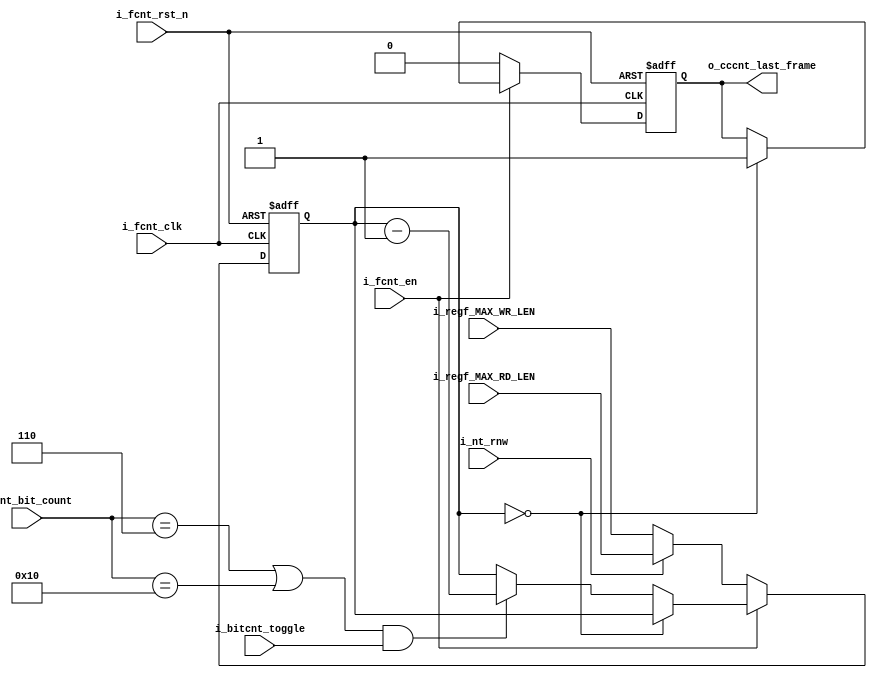
module frame_counter_target(
    input  wire        i_fcnt_clk         ,
    input  wire        i_fcnt_rst_n       ,
    input  wire        i_fcnt_en          ,
    input  wire [15:0] i_regf_MAX_RD_LEN    ,     // HDR
    input  wire [15:0] i_regf_MAX_WR_LEN    ,     // HDR  
    input  wire [5:0]  i_cnt_bit_count    ,     // HDR
    input  wire        i_bitcnt_toggle    , 
    input  wire        i_nt_rnw               ,
    output reg         o_cccnt_last_frame       // HDR
    );
	
reg [15:0] count = 16'd0 ;
//wire       count_done   ;

    always @(posedge i_fcnt_clk or negedge i_fcnt_rst_n) begin 
        if (!i_fcnt_rst_n) begin 
            o_cccnt_last_frame = 1'b0 ;
            count              = 16'd0 ;
        end 
        else begin 
            if(i_fcnt_en) begin 
                if (count == 16'd0) begin 
                    o_cccnt_last_frame = 1'b1 ;
                end 
                else begin 
                    if ((i_cnt_bit_count == 'd6 || i_cnt_bit_count == 'd16) && i_bitcnt_toggle) begin 
                        count = count - 1 ;
                    end 
                end 
            end 
            else begin                                 
                o_cccnt_last_frame = 1'b0 ;             
                count = (i_nt_rnw)? i_regf_MAX_RD_LEN : i_regf_MAX_WR_LEN ;       
                end 
        end 
    end 
endmodule